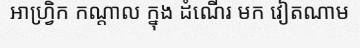
អាហ្វ្រិក កណ្តាល ក្នុង ដំណើរ មក វៀតណាម